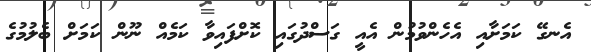
އެނގޭ ކަމަށާއި އެހެންވުމުން އެއީ ގަސްދުގައި ކޮށްފައިވާ ކަމެއް ނޫން ކަމަށް ބެލުމުގެ